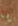
يا